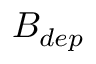
B _ { d e p }